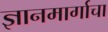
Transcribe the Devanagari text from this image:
ज्ञानमार्गाचा